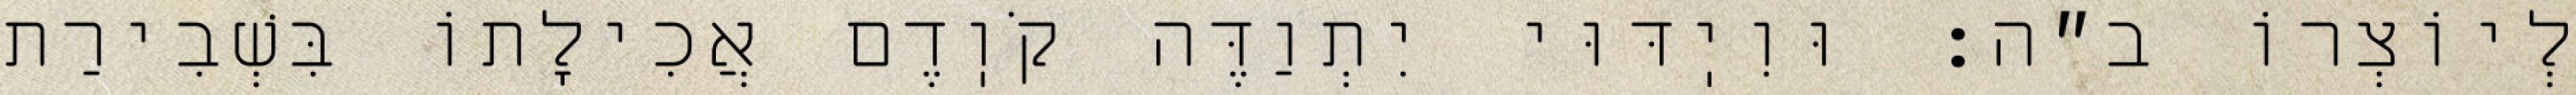
לְיוֹצְרוֹ ב״ה: וּוִיֽדּוּי יִתְוַדֶּה קֹוֽדֶם אֲכִילָתוֹ בִּשְׁבִירַת